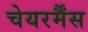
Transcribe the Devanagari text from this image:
चेयरर्मैंस